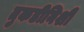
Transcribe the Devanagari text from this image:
तुकडीनिशी